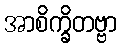
အာစိက္ခိတဗ္ဗာ